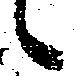
候